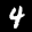
Label: 4